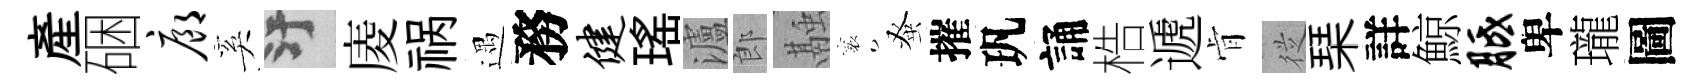
産硱廊奚污庱祸遇務健瑤瀘郎融襄𫊫摧㺬誦梏遞肻従琹詳鯨胝卑瓏圖